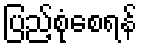
ပြည့်စုံစေရန်